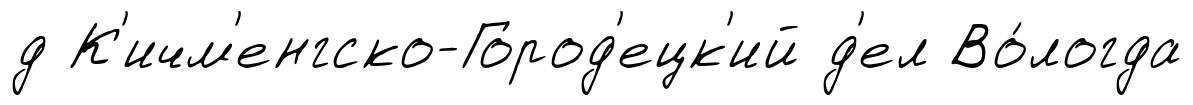
д К'ичм'енгско-Город'ецк'ий д'ел Во́логда